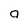
Character: 9